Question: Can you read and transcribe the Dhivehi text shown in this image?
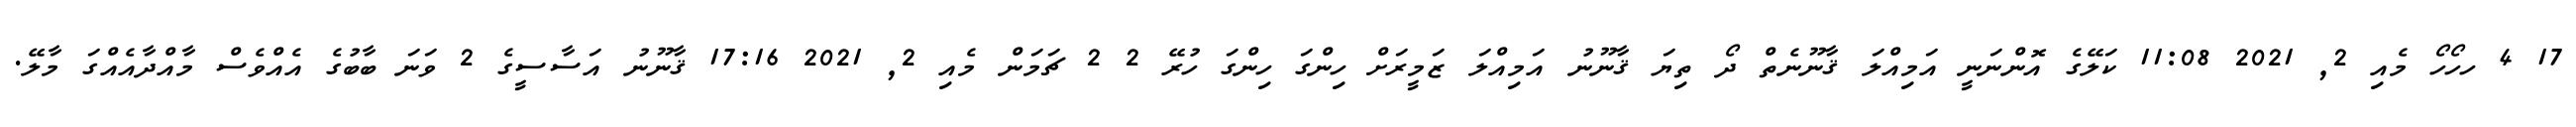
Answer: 17 4 ހހޯހޯ މެއި 2, 2021 11:08 ކަލޭގެ އޮންނަނީ އަމިއްލަ ޤާނޫނެތް ދޯ ތިޔަ ޤާނޫނު އަމިއްލަ ޒަމީރަށް ހިންގަ ހިންގަ ހުރޭ 2 2 ޗަމަން މެއި 2, 2021 17:16 ޤާނޫނު އަސާސީގެ 2 ވަނަ ބާބުގެ އެއްވެސް މާއްދާއެއްގަ މާލޭ.